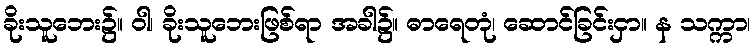
ခိုးသူဘေး၌။ ဝါ၊ ခိုးသူဘေးဖြစ်ရာ အခါ၌။ ဓာရေတုံ၊ ဆောင်ခြင်းငှာ။ န သက္ကာ၊